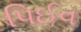
પિઈવ